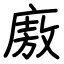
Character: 廒